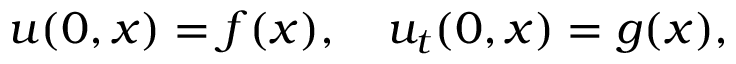
u ( 0 , x ) = f ( x ) , \quad u _ { t } ( 0 , x ) = g ( x ) ,